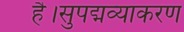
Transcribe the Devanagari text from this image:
है।सुपद्मव्याकरण